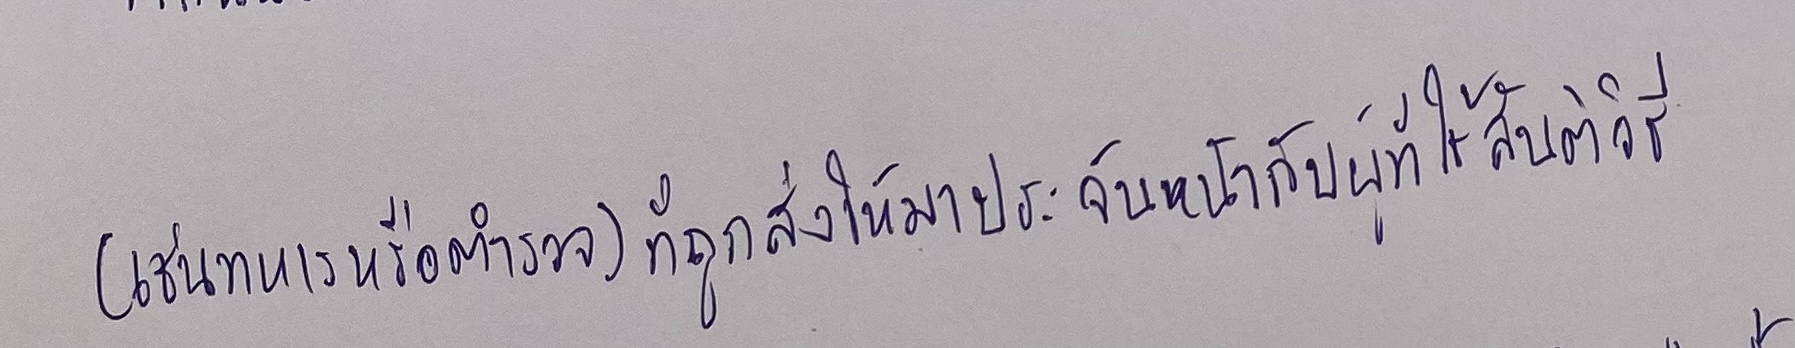
(เช่นทหารหรือตำรวจ)ที่ถูกส่งให้มาประจันหน้ากับผู้ที่ใช้สันติวิธี